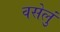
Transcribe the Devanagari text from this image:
वसेलुं